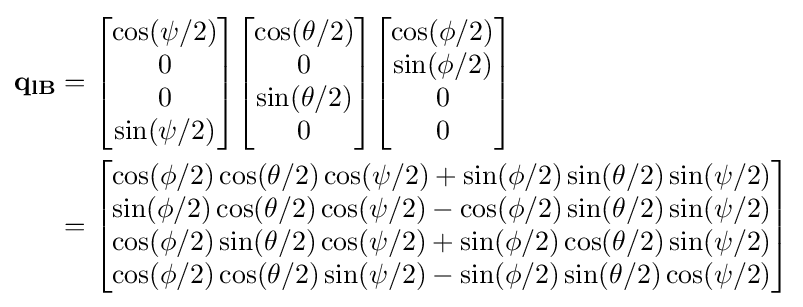
{\begin{aligned}\mathbf {q_{lB}} &={\begin{bmatrix}\cos(\psi /2)\\0\\0\\\sin(\psi /2)\\\end{bmatrix}}{\begin{bmatrix}\cos(\theta /2)\\0\\\sin(\theta /2)\\0\\\end{bmatrix}}{\begin{bmatrix}\cos(\phi /2)\\\sin(\phi /2)\\0\\0\\\end{bmatrix}}\\&={\begin{bmatrix}\cos(\phi /2)\cos(\theta /2)\cos(\psi /2)+\sin(\phi /2)\sin(\theta /2)\sin(\psi /2)\\\sin(\phi /2)\cos(\theta /2)\cos(\psi /2)-\cos(\phi /2)\sin(\theta /2)\sin(\psi /2)\\\cos(\phi /2)\sin(\theta /2)\cos(\psi /2)+\sin(\phi /2)\cos(\theta /2)\sin(\psi /2)\\\cos(\phi /2)\cos(\theta /2)\sin(\psi /2)-\sin(\phi /2)\sin(\theta /2)\cos(\psi /2)\\\end{bmatrix}}\\\end{aligned}}